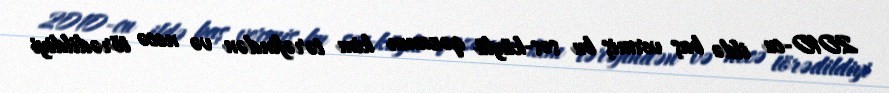
2010-cu ildə baş vermiş bu səs-küylü qəzanın kim tərəfindən və necə törədildiyi